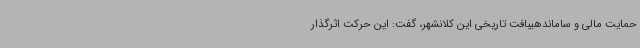
حمایت مالی و ساماندهیبافت تاریخی این کلانشهر، گفت: این حرکت اثرگذار